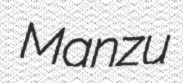
Manzu